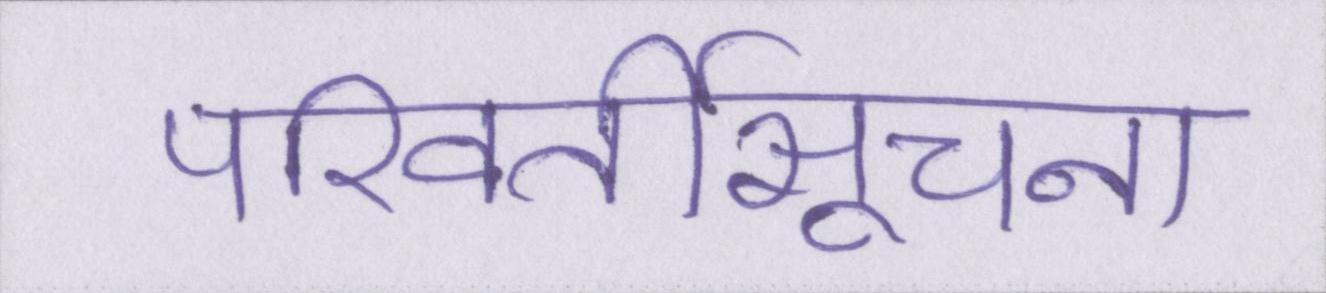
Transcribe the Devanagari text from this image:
परिवर्तीसूचना